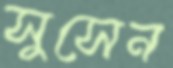
সুসেন